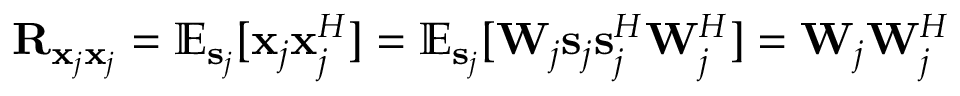
\mathbf { R } _ { \mathbf { x } _ { j } \mathbf { x } _ { j } } = \mathbb { E } _ { \mathbf { s } _ { j } } [ \mathbf { x } _ { j } \mathbf { x } _ { j } ^ { H } ] = \mathbb { E } _ { \mathbf { s } _ { j } } [ \mathbf { W } _ { j } \mathbf { s } _ { j } \mathbf { s } _ { j } ^ { H } \mathbf { W } _ { j } ^ { H } ] = \mathbf { W } _ { j } \mathbf { W } _ { j } ^ { H }